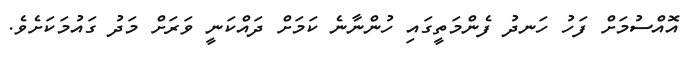
އޮއްސުމަށް ފަހު ހަނދު ފެންމަތީގައި ހުންނާނެ ކަމަށް ދައްކަނީ ވަރަށް މަދު ގައުމަކަށެވެ.